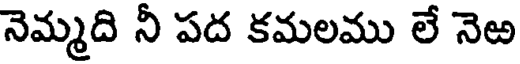
నెమ్మది నీ పద కమలము లే నెటి